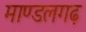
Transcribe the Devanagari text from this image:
माण्डलगढ़